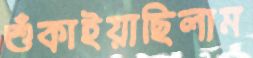
শুঁকাইয়াছিলাম